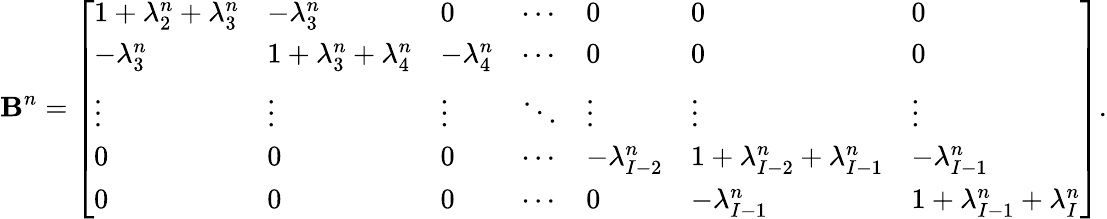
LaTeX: \mathbf{B}^{n}=\left[\begin{array}{lllllll}{1+\lambda_{2}^{n}+\lambda_{3}^{n}}&{-\lambda_{3}^{n}}&{0}&{\cdots}&{0}&{0}&{0}\\ {-\lambda_{3}^{n}}&{1+\lambda_{3}^{n}+\lambda_{4}^{n}}&{-\lambda_{4}^{n}}&{\cdots}&{0}&{0}&{0}\\ {\vdots}&{\vdots}&{\vdots}&{\ddots}&{\vdots}&{\vdots}&{\vdots}\\ {0}&{0}&{0}&{\cdots}&{-\lambda_{I-2}^{n}}&{1+\lambda_{I-2}^{n}+\lambda_{I-1}^{n}}&{-\lambda_{I-1}^{n}}\\ {0}&{0}&{0}&{\cdots}&{0}&{-\lambda_{I-1}^{n}}&{1+\lambda_{I-1}^{n}+\lambda_{I}^{n}}\end{array}\right].